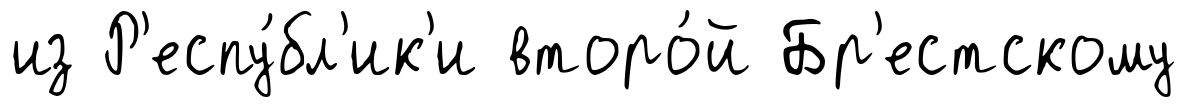
из Р'еспу́бл'ик'и второ́й Бр'естскому